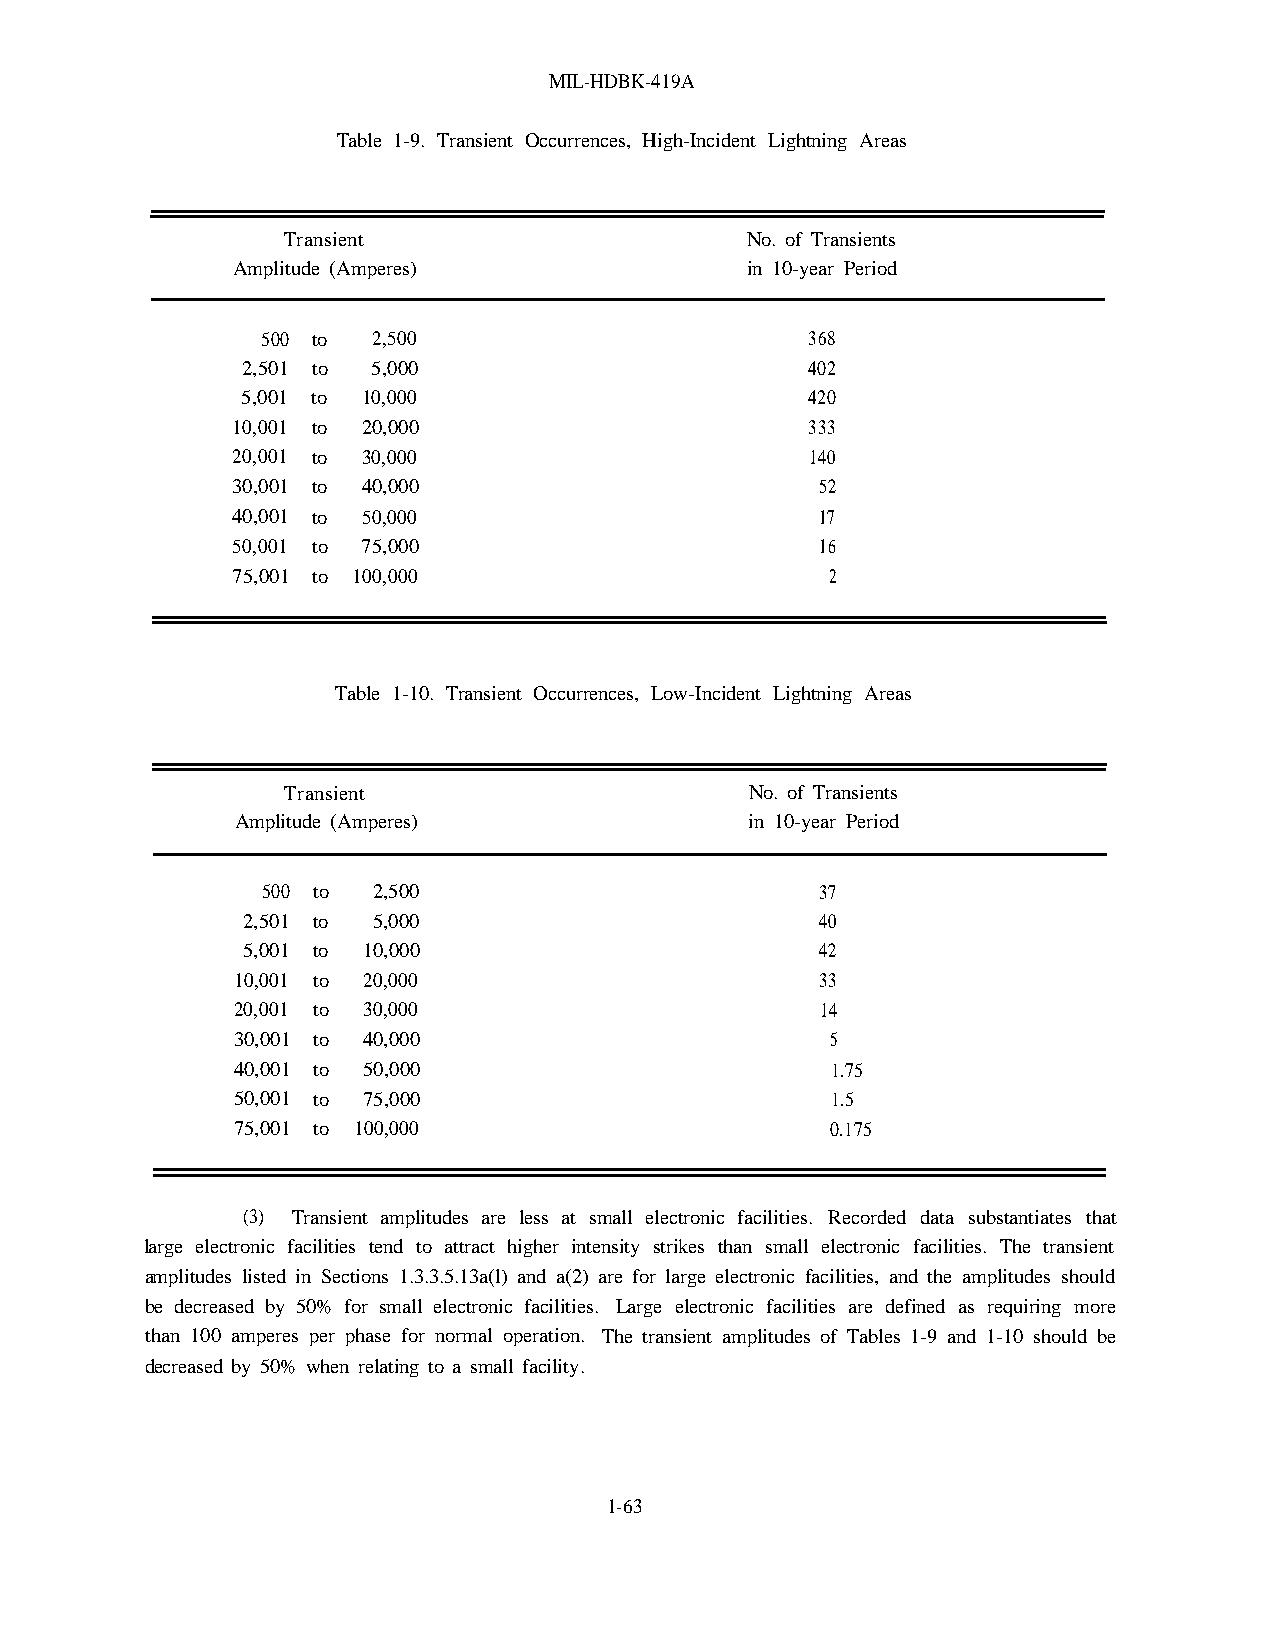
MIL-HDBK-419A
 Table 1-9. Transient Occurrences, High-Incident Lightning Areas
 Transient                     No. of Transients
 Amplitude (Amperes)               in 10-year Period
 500 to  2,500                        368
 2,501 to 5,000                       402
 5,001 to 10,000                      420
 10,001 to 20,000                       333
 20,001 to 30,000                       140
 30,001 to 40,000                       52
 40,001 to 50,000                       17
 50,001 to 75,000                       16
 75,001 to 100,000                       2
 Table 1-10. Transient Occurrences, Low-Incident Lightning Areas
 Transient                      No. of Transients
 Amplitude (Amperes)               in 10-year Period
 500 to  2,500                        37
 2,501 to 5,000                        40
 5,001 to 10,000                       42
 10,001 to 20,000                       33
 20,001 to 30,000                       14
 30,001 to 40,000                        5
 40,001 to 50,000                        1.75
 50,001 to 75,000                        1.5
 75,001 to 100,000                       0.175
 (3) Transient amplitudes are less at small electronic facilities. Recorded data substantiates that
 large electronic facilities tend to attract higher intensity strikes than small electronic facilities. The transient
 amplitudes listed in Sections 1.3.3.5.13a(l) and a(2) are for large electronic facilities, and the amplitudes should
 be decreased by 50% for small electronic facilities. Large electronic facilities are defined as requiring more
 than 100 amperes per phase for normal operation. The transient amplitudes of Tables 1-9 and 1-10 should be
 decreased by 50% when relating to a small facility.
 1-63